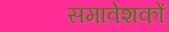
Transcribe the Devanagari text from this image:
समावेशकों